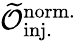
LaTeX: \mathcal{\widetilde{O}}_{\mathrm{inj.}}^{\mathrm{norm.}}